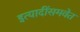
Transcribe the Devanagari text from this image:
इत्यादींसमवेत